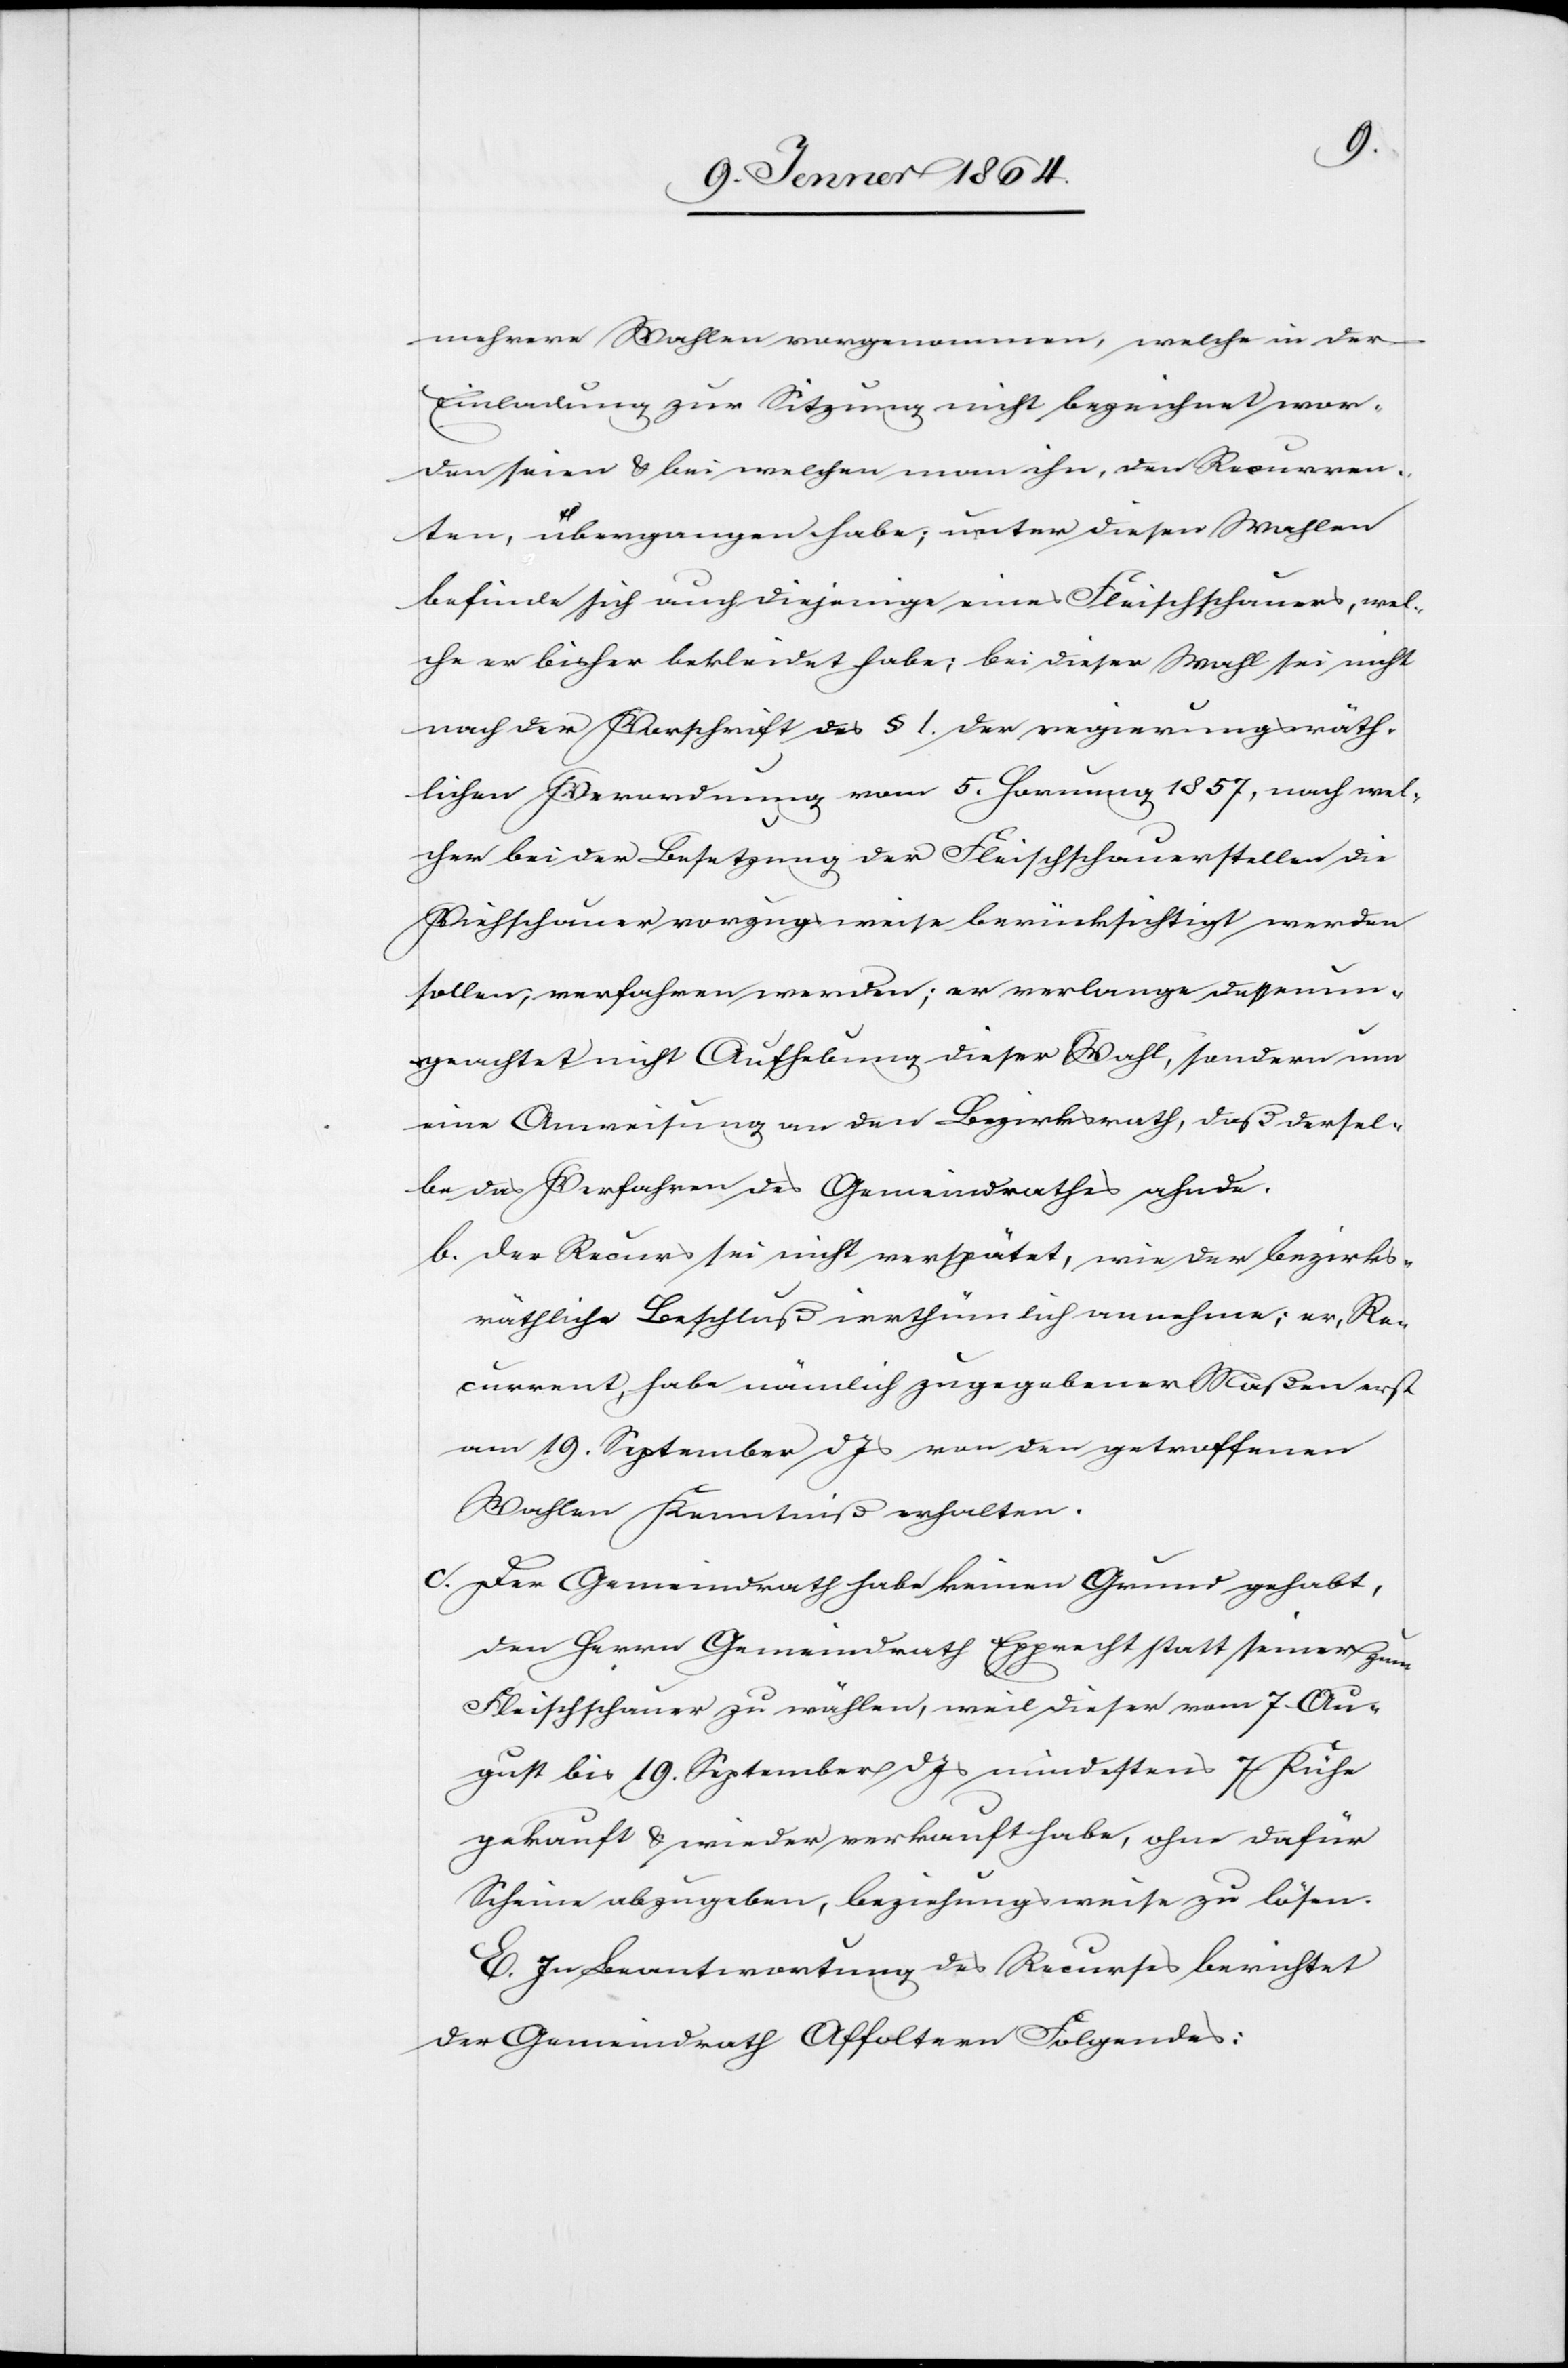
mehrere Wahlen vorgenommen, welche in der
Einladung zur Sitzung nicht bezeichnet wor¬
den seien u. bei welchen man ihn, den Recurren¬
ten, übergangen habe; unter diesen Wahlen
befinde sich auch diejenige eines Fleischschauers, wel¬
che er bisher bekleidet habe; bei dieser Wahl sei nicht
nach der Vorschrift des § 1. der regierungsräth¬
lichen Verordnung vom 5. Hornung 1857, nach wel¬
cher bei der Besetzung der Fleischschauerstellen die
Viehschauer vorzugsweise berücksichtigt werden
sollen, verfahren werden [sic!]; er verlange dessenun¬
geachtet nicht Aufhebung dieser Wahl, sondern um
eine Anweisung an den Bezirksrath, daß dersell¬
be das Verfahren des Gemeindrathes ahnde.
b. der Recurs sei nicht verspätet, wie der bezirks¬
räthliche Beschluß irrthümlich annehme; er, Re¬
current, habe nämlich zugegebener Maßen erst
am 19. September d. Js von den getroffenen
Wahlen Kenntniß erhalten.
c. Der Gemeindrath habe keinen Grund gehabt,
den Herrn Gemeindrath Epprecht statt seiner zum
Fleischschauer zu wählen, weil dieser vom 7. Au¬
gust bis 19. September d. Js mindestens 7 Kühe
gekauft u. wieder verkauft habe, ohne dafür
Scheine abzugeben, beziehungsweise zu lösen.
E. In Beantwortung des Recurses berichtet
der Gemeindrath Affoltern Folgendes: